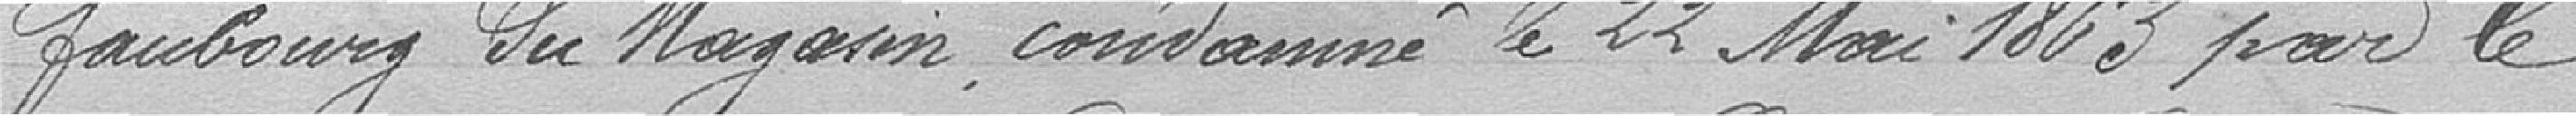
faubourg du Magasin, condamné le 22 mai 1863 par le